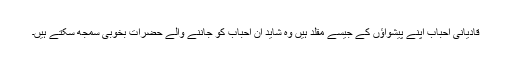
قادیانی احباب اپنے پیشواؤں کے جیسے مقلّد ہیں وہ شاید ان احباب کو جاننے والے حضرات بخوبی سمجھ سکتے ہیں۔